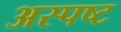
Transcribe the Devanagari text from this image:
अस्पष्ट